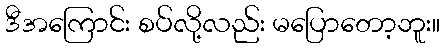
ဒီအကြောင်း စပ်လို့လည်း မပြောတော့ဘူး။